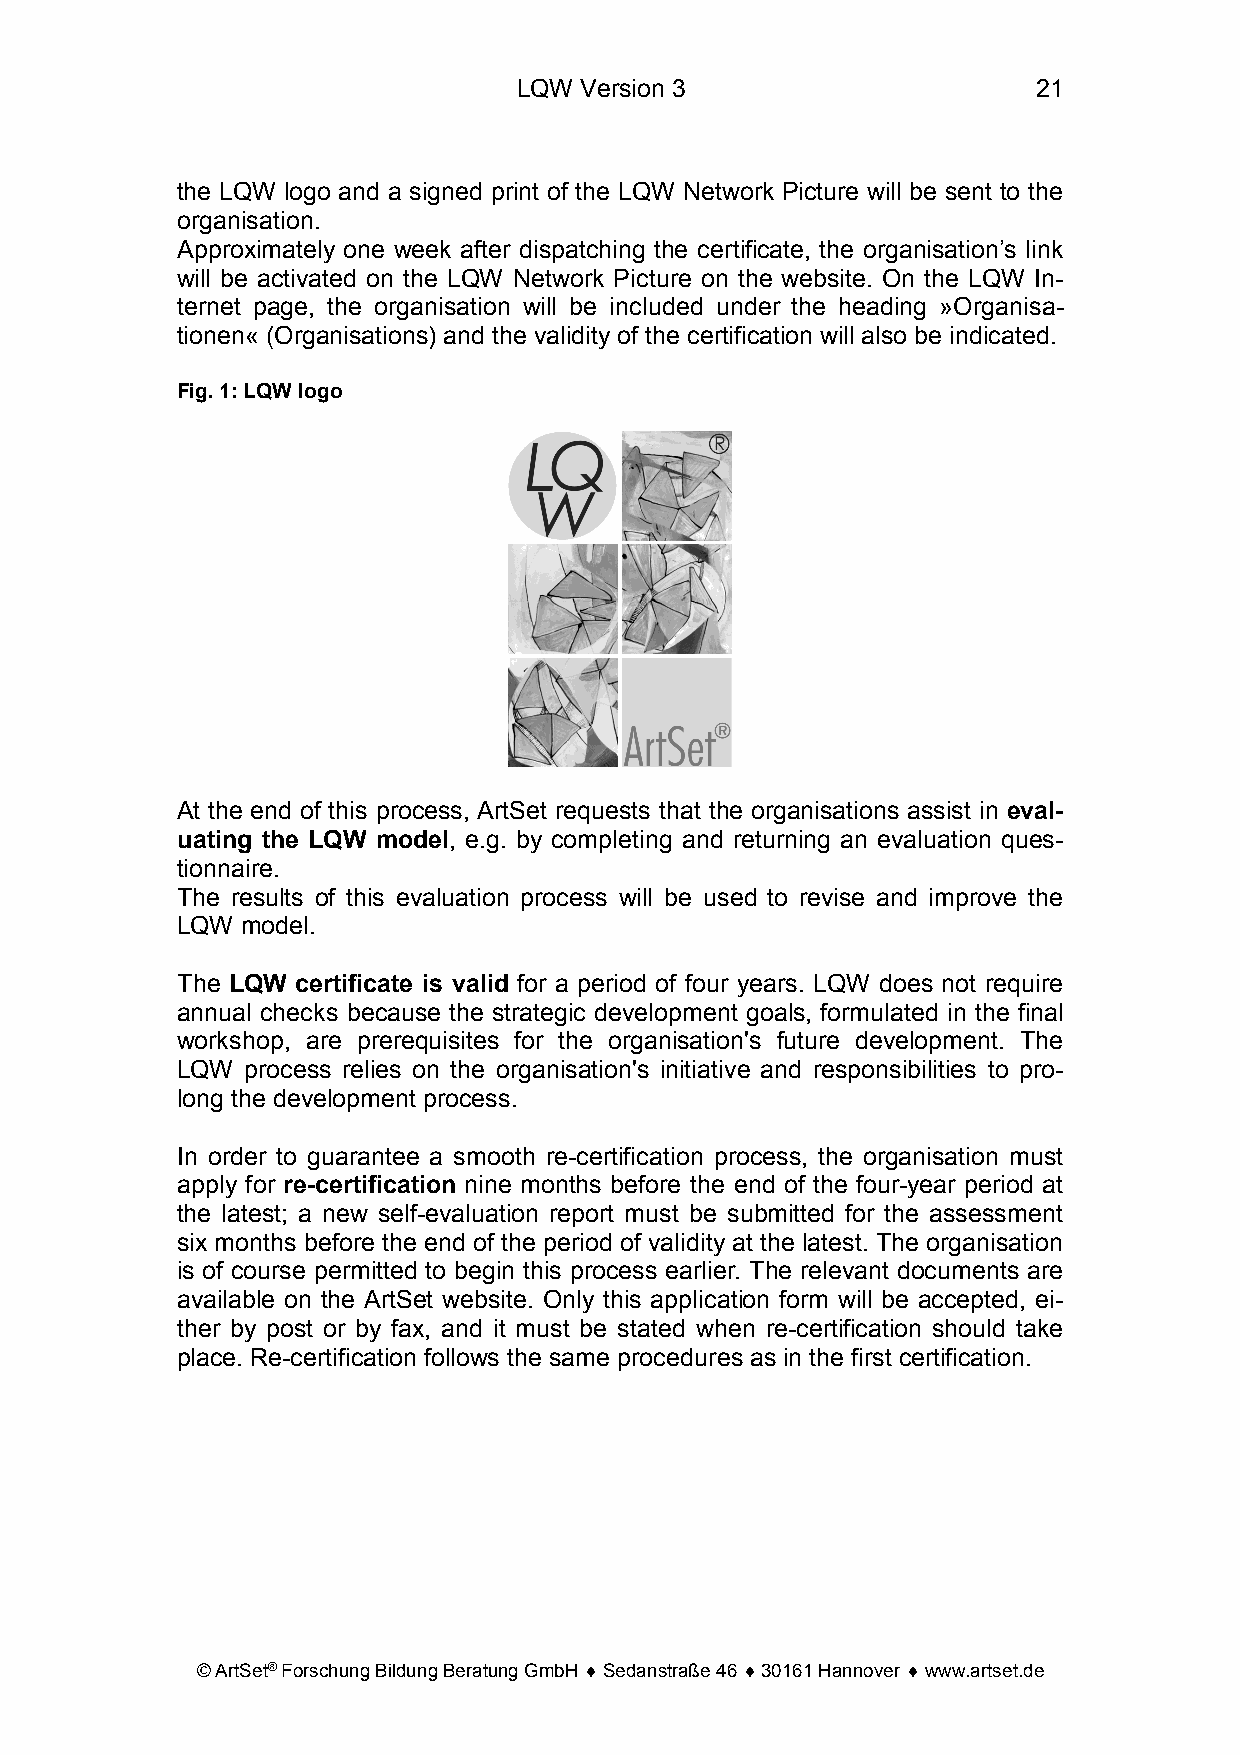
LQW Version 3                      21
 the LQW logo and a signed print of the LQW Network Picture will be sent to the
 organisation.
 Approximately one week after dispatching the certificate, the organisation’s link
 will be activated on the LQW Network Picture on the website. On the LQW In-
 ternet page, the organisation will be included under the heading »Organisa-
 tionen« (Organisations) and the validity of the certification will also be indicated.
 Fig. 1: LQW logo
 At the end of this process, ArtSet requests that the organisations assist in eval-
 uating the LQW model, e.g. by completing and returning an evaluation ques-
 tionnaire.
 The results of this evaluation process will be used to revise and improve the
 LQW model.
 The LQW certificate is valid for a period of four years. LQW does not require
 annual checks because the strategic development goals, formulated in the final
 workshop, are prerequisites for the organisation's future development. The
 LQW process relies on the organisation's initiative and responsibilities to pro-
 long the development process.
 In order to guarantee a smooth re-certification process, the organisation must
 apply for re-certification nine months before the end of the four-year period at
 the latest; a new self-evaluation report must be submitted for the assessment
 six months before the end of the period of validity at the latest. The organisation
 is of course permitted to begin this process earlier. The relevant documents are
 available on the ArtSet website. Only this application form will be accepted, ei-
 ther by post or by fax, and it must be stated when re-certification should take
 place. Re-certification follows the same procedures as in the first certification.
 © ArtSet® Forschung Bildung Beratung GmbH ♦ Sedanstraße 46 ♦ 30161 Hannover ♦ www.artset.de